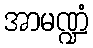
အာမဏ္ဍံ